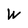
Character: W